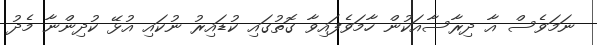
ނަމަވެސް އާ ދިރާސާއަކުން ހާމަވެފައިވާ ގޮތުގައި ކުޑައިރު ނުކައި އުޅޭ ކުދިންނާ މެދު